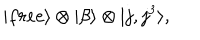
| f r e e \rangle \otimes | \beta \rangle \otimes | j , j ^ { 3 } \rangle ,